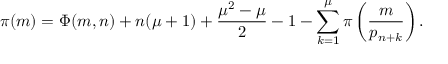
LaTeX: \pi ( m ) = \Phi ( m , n ) + n ( \mu + 1 ) + { \frac { \mu ^ { 2 } - \mu } { 2 } } - 1 - \sum _ { k = 1 } ^ { \mu } \pi \left( { \frac { m } { p _ { n + k } } } \right) .